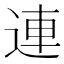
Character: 連